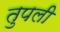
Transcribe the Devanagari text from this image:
तुपली